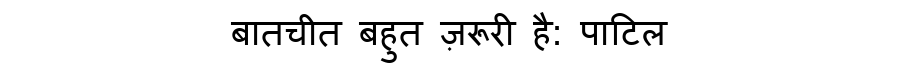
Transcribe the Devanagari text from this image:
बातचीत बहुत ज़रूरी है: पाटिल